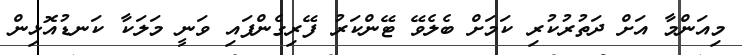
މިއަންމާ އަށް ދަތުރުކުރި ކަމަށް ބެލެވޭ ޓޭންކަރު ފޭރިގެންފައި ވަނީ މަލަކާ ކަނޑުއޮޅިން